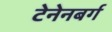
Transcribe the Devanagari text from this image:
टेनेनबर्ग